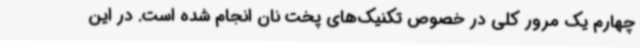
چهارم یک مرور کلی در خصوص تکنیک‌های پخت نان انجام شده است. در این